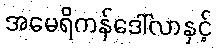
အမေရိကန်ဒေါ်လာနှင့်